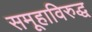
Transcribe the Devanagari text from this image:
समूहाविरुद्ध